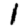
Digit: 1